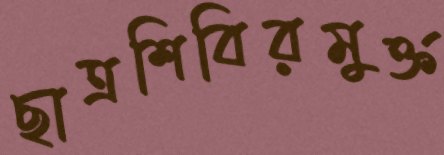
ছাত্রশিবিরমুক্ত